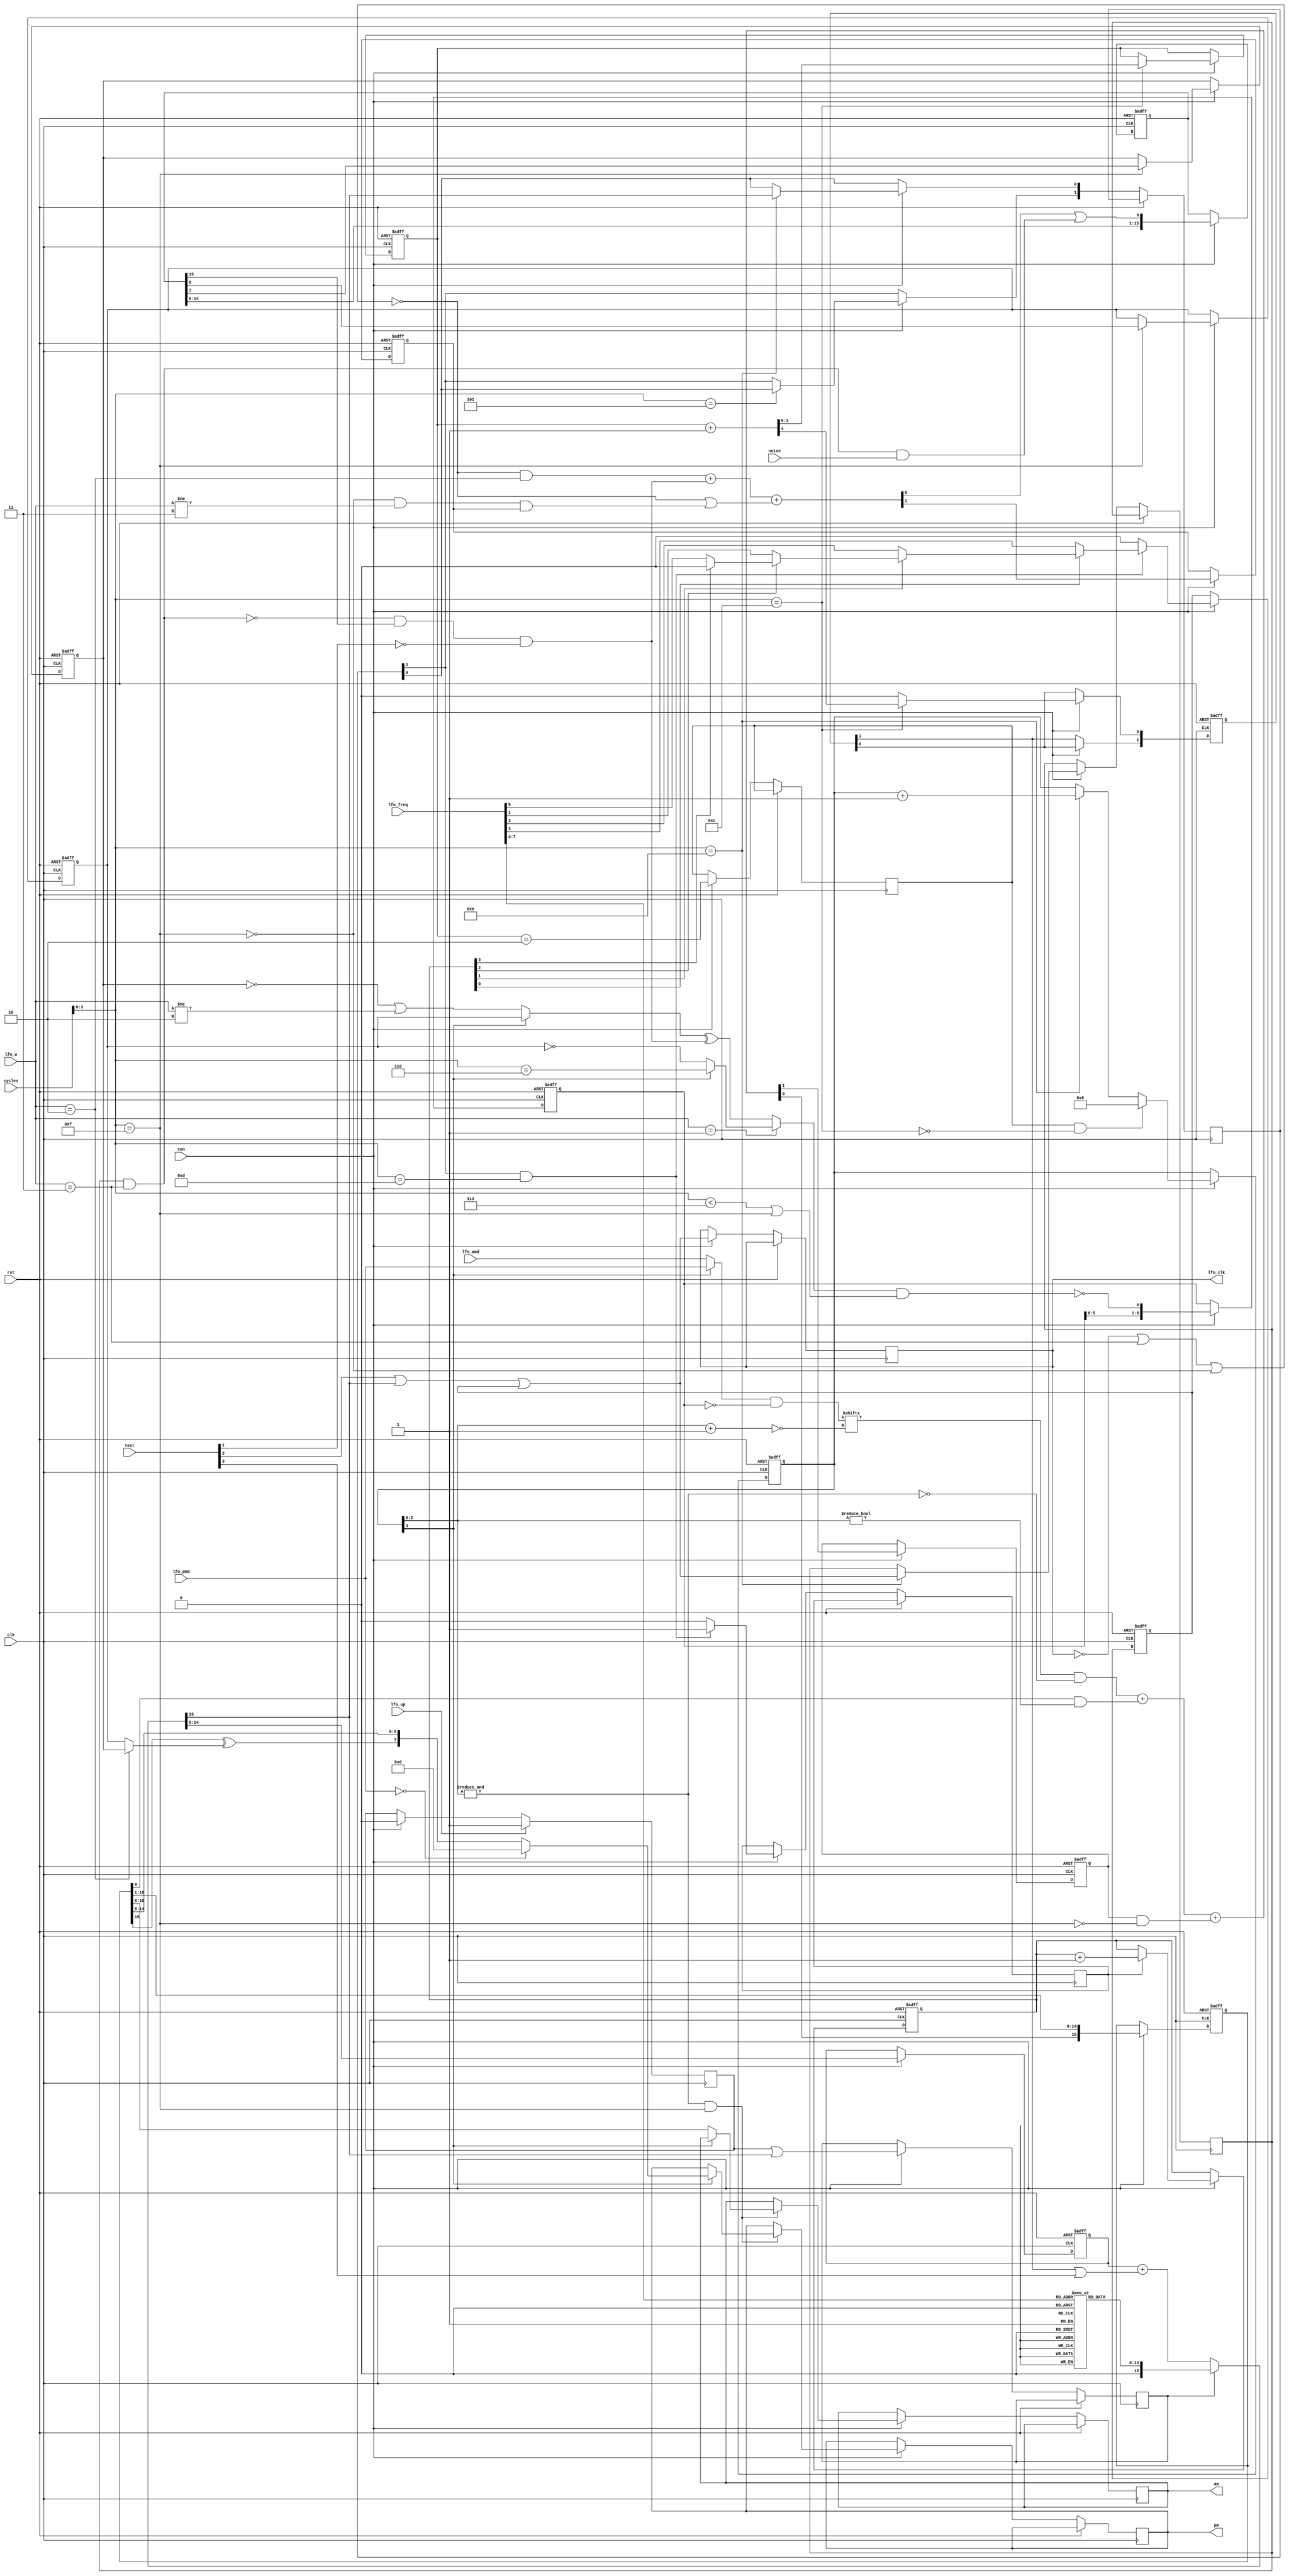
/*  This file is part of JT51.

    JT51 is free software: you can redistribute it and/or modify
    it under the terms of the GNU General Public License as published by
    the Free Software Foundation, either version 3 of the License, or
    (at your option) any later version.

    JT51 is distributed in the hope that it will be useful,
    but WITHOUT ANY WARRANTY; without even the implied warranty of
    MERCHANTABILITY or FITNESS FOR A PARTICULAR PURPOSE.  See the
    GNU General Public License for more details.

    You should have received a copy of the GNU General Public License
    along with JT51.  If not, see <http://www.gnu.org/licenses/>.

    Author: Jose Tejada Gomez. Twitter: @topapate
    Version: 1.0
    Date: 27-10-2016
    */

module jt51_lfo(
    input               rst,
    input               clk,
    input               cen,
    input       [4:0]   cycles,

    // configuration
    input       [7:0]   lfo_freq,
    input       [6:0]   lfo_amd,
    input       [6:0]   lfo_pmd,
    input       [1:0]   lfo_w,
    input               lfo_up,
    input               noise,

    // test
    input       [7:0]   test,
    output  reg         lfo_clk,

    // data
    output  reg [7:0]   am,
    output  reg [7:0]   pm
);

localparam [1:0] SAWTOOTH = 2'd0,
                 SQUARE   = 2'd1,
                 TRIANG   = 2'd2,
                 NOISE    = 2'd3;

reg  [14:0] lfo_lut[0:15];

// counters
reg  [ 3:0] cnt1, cnt3, bitcnt;
reg  [14:0] cnt2;
reg  [15:0] next_cnt2;
reg  [ 1:0] cnt1_ov, cnt2_ov;

// LFO state (value)
reg  [15:0] val,    // counts next integrator step
            out2;   // integrator for PM/AM
reg  [ 6:0] out1;
wire        pm_sign;
reg         trig_sign, saw_sign;

reg         bitcnt_rst, cnt2_load, cnt3_step;
wire        lfo_clk_next;
reg         lfo_clk_latch;

wire cyc_5 = cycles[3:0]==4'h5;
wire cyc_6 = cycles[3:0]==4'h6;
wire cyc_c = cycles[3:0]==4'hc; // 12
wire cyc_d = cycles[3:0]==4'hd; // 13
wire cyc_e = cycles[3:0]==4'he; // 14
wire cyc_f = cycles[3:0]==4'hf; // 15

reg  cnt3_clk;
wire ampm_sel =  bitcnt[3];
wire bit7     = &bitcnt[2:0];

reg lfo_up_latch;

assign pm_sign = lfo_w==TRIANG ? trig_sign : saw_sign;
assign lfo_clk_next = test[2] | next_cnt2[15] | cnt3_step;

always @(*) begin
    if( cnt2_load ) begin
        next_cnt2 = {1'b0, lfo_lut[ lfo_freq[7:4] ] };
    end else begin
        next_cnt2 = {1'd0,cnt2 } + {15'd0,cnt1_ov[1]|test[3]};
    end
end

always @(posedge clk) begin
    if( lfo_up )
        lfo_up_latch <= 1;
    else if( cen )
        lfo_up_latch <= 0;
end

always @(posedge clk, posedge rst) begin
    if( rst ) begin
        cnt1      <= 4'd0;
        cnt2      <= 15'd0;
        cnt3      <= 4'd0;
        cnt1_ov   <= 2'd0;
        cnt3_step <= 0;
        bitcnt    <= 4'h8;
    end else if( cen ) begin
        // counter 1
        if( cyc_c )
            { cnt1_ov[0], cnt1 } <= { 1'b0, cnt1 } + 1'd1;
        else
            cnt1_ov[0] <= 0;
        cnt1_ov[1] <= cnt1_ov[0];
        bitcnt_rst <= cnt1==4'd2;
        if( bitcnt_rst && !cyc_c )
            bitcnt <= 4'd0;
        else if( cyc_e )
            bitcnt <= bitcnt + 1'd1;
        // counter 2
        cnt2_load <= lfo_up_latch | next_cnt2[15];
        cnt2 <= next_cnt2[14:0];
        if( cyc_e ) begin
            cnt2_ov[0]    <= next_cnt2[15];
            lfo_clk_latch <= lfo_clk_next;
        end
        if( cyc_5 ) cnt2_ov[1] <= cnt2_ov[0];
        // counter 3
        cnt3_step <= 0;
        if( cnt2_ov[1] & cyc_d ) begin
            cnt3_clk <= 1;
            // frequency LSB control
            if( !cnt3[0] ) cnt3_step <= lfo_freq[3];
            else if( !cnt3[1] ) cnt3_step <= lfo_freq[2];
            else if( !cnt3[2] ) cnt3_step <= lfo_freq[1];
            else if( !cnt3[3] ) cnt3_step <= lfo_freq[0];
        end else begin
            cnt3_clk <= 0;
        end
        if( cnt3_clk )
            cnt3 <= cnt3 + 1'd1;
        // LFO clock
        lfo_clk <= lfo_clk_next;
    end
end

// LFO value
reg  [1:0] val_sum;
reg        val_c, wcarry, val0_next;
reg        w1, w2, w3, w4, w5, w6, w7, w8;

reg  [6:0] dmux;
reg        integ_c, out1bit;
reg  [1:0] out2sum;
wire [7:0] out2b;
reg  [2:0] bitsel;

assign out2b = out2[15:8];

always @(*) begin
    w1        = !lfo_clk || lfo_w==NOISE || !cyc_f;
    w4        =  lfo_clk_latch && lfo_w==NOISE;
    w3        = !w4 && val[15] && !test[1];
    w2        = !w1 && lfo_w==TRIANG;
    wcarry    = !w1 || ( !cyc_f && lfo_w!=NOISE && val_c);
    val_sum   = {1'b0, w2} + {1'b0, w3} + {1'b0, wcarry};
    val0_next = val_sum[0] || (lfo_w==NOISE && lfo_clk_latch && noise);
    // LFO compound output, AM/PM base value one after the other
    w5        = ampm_sel ? saw_sign : (!trig_sign || lfo_w!=TRIANG);
    w6        = w5 ^ w3;
    w7        = cycles[3:0]<4'd7 || cycles[3:0]==4'd15;
    w8        = lfo_w == SQUARE ? (ampm_sel?cyc_6 : !saw_sign) : w6;
    w8        = ~(w8 & w7);

    // Integrator
    dmux      = (ampm_sel ? lfo_pmd : lfo_amd) &~out1;
    bitsel    = ~(bitcnt[2:0]+3'd1);
    out1bit   = dmux[ bitsel ] & ~bit7;
    out2sum   = {1'b0, out1bit} + {1'b0, out2[0] && bitcnt[2:0]!=0} + {1'b0, integ_c & ~cyc_f };
end

always @(posedge clk, posedge rst) begin
    if( rst ) begin
        val       <= 16'd0;
        val_c     <= 0;
        trig_sign <= 0;
        saw_sign  <= 0;
        out1      <= ~7'd0;
        out2      <= 16'd0;
        integ_c   <= 0;
    end else if( cen ) begin
        val   <= {val[14:0], val0_next };
        val_c <= val_sum[1];
        if( cyc_f ) begin
            trig_sign <= val[7];
            saw_sign  <= val[8];
        end
        // current step
        out1 <= {out1[5:0], w8};
        // integrator
        integ_c <= out2sum[1];
        out2    <= { out2sum[0], out2[15:1] };
        // final output
        if( bit7 & cyc_f ) begin
            if( ampm_sel )
                pm <= lfo_pmd==7'd0 ? 8'd0 : { out2b[7]^pm_sign, out2b[6:0]};
            else
                am <= out2b;
        end
    end
end

initial begin
    lfo_lut[0] = 15'h0000;
    lfo_lut[1] = 15'h4000;
    lfo_lut[2] = 15'h6000;
    lfo_lut[3] = 15'h7000;

    lfo_lut[4] = 15'h7800;
    lfo_lut[5] = 15'h7c00;
    lfo_lut[6] = 15'h7e00;
    lfo_lut[7] = 15'h7f00;

    lfo_lut[8] = 15'h7f80;
    lfo_lut[9] = 15'h7fc0;
    lfo_lut[10] = 15'h7fe0;
    lfo_lut[11] = 15'h7ff0;

    lfo_lut[12] = 15'h7ff8;
    lfo_lut[13] = 15'h7ffc;
    lfo_lut[14] = 15'h7ffe;
    lfo_lut[15] = 15'h7fff;
end

endmodule